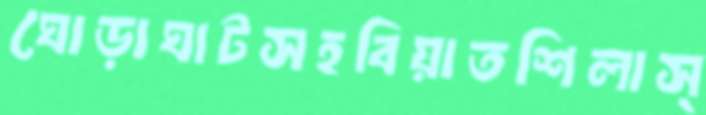
ঘোড়াঘাটসহবিয়াতশিলাস্